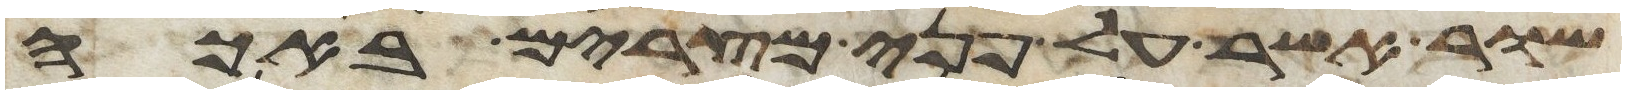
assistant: שור אשר על פני מצרים באכה